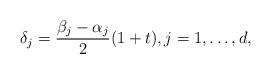
LaTeX: \begin{align*} \delta_{j} = \frac{\beta_{j}-\alpha_{j}}{2}(1+t),j=1,\ldots,d,\end{align*}